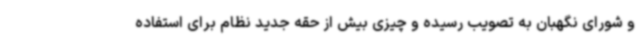
و شورای نگهبان به تصویب رسیده و چیزی بیش از حقه جدید نظام برای استفاده